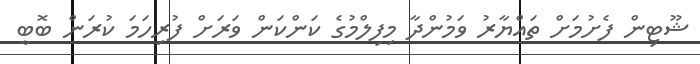
ޝޫޓިން ފެށުމަށް ތައްޔާރު ވަމުންދާ މިފިލްމުގެ ކަންކަން ވަރަށް ފުރިހަމަ ކުރަން ބޮބީ